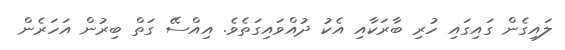
ލައިގެން ގައިގައި ހުރި ބާރަކާއި އެކު ދުއްވައިގަތެވެ. އިއްސޭ ގަތް ބިރުން އަހަރެން